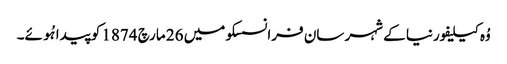
وُہ کیلیفورنیا کے شہر سان فرانسسکو میں 26 مارچ 1874 کو پیدا ہُوئے۔